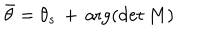
LaTeX: { \bar { \theta } } = \theta _ { s } \, + \, \arg ( \det M )